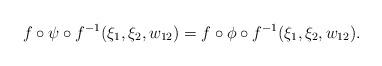
LaTeX: \begin{align*} f \circ \psi \circ f^{-1} (\xi_1, \xi_2, w_{12}) = f \circ \phi \circ f^{-1} (\xi_1, \xi_2, w_{12}).\end{align*}